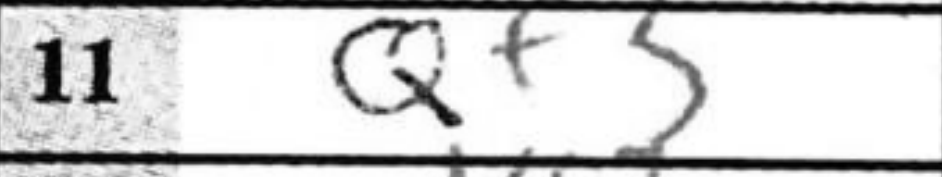
Transcription: Qf3